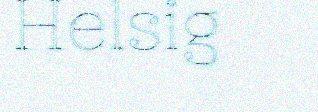
Helsig